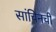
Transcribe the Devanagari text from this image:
सांचिनची